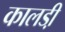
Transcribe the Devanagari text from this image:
कालडी़